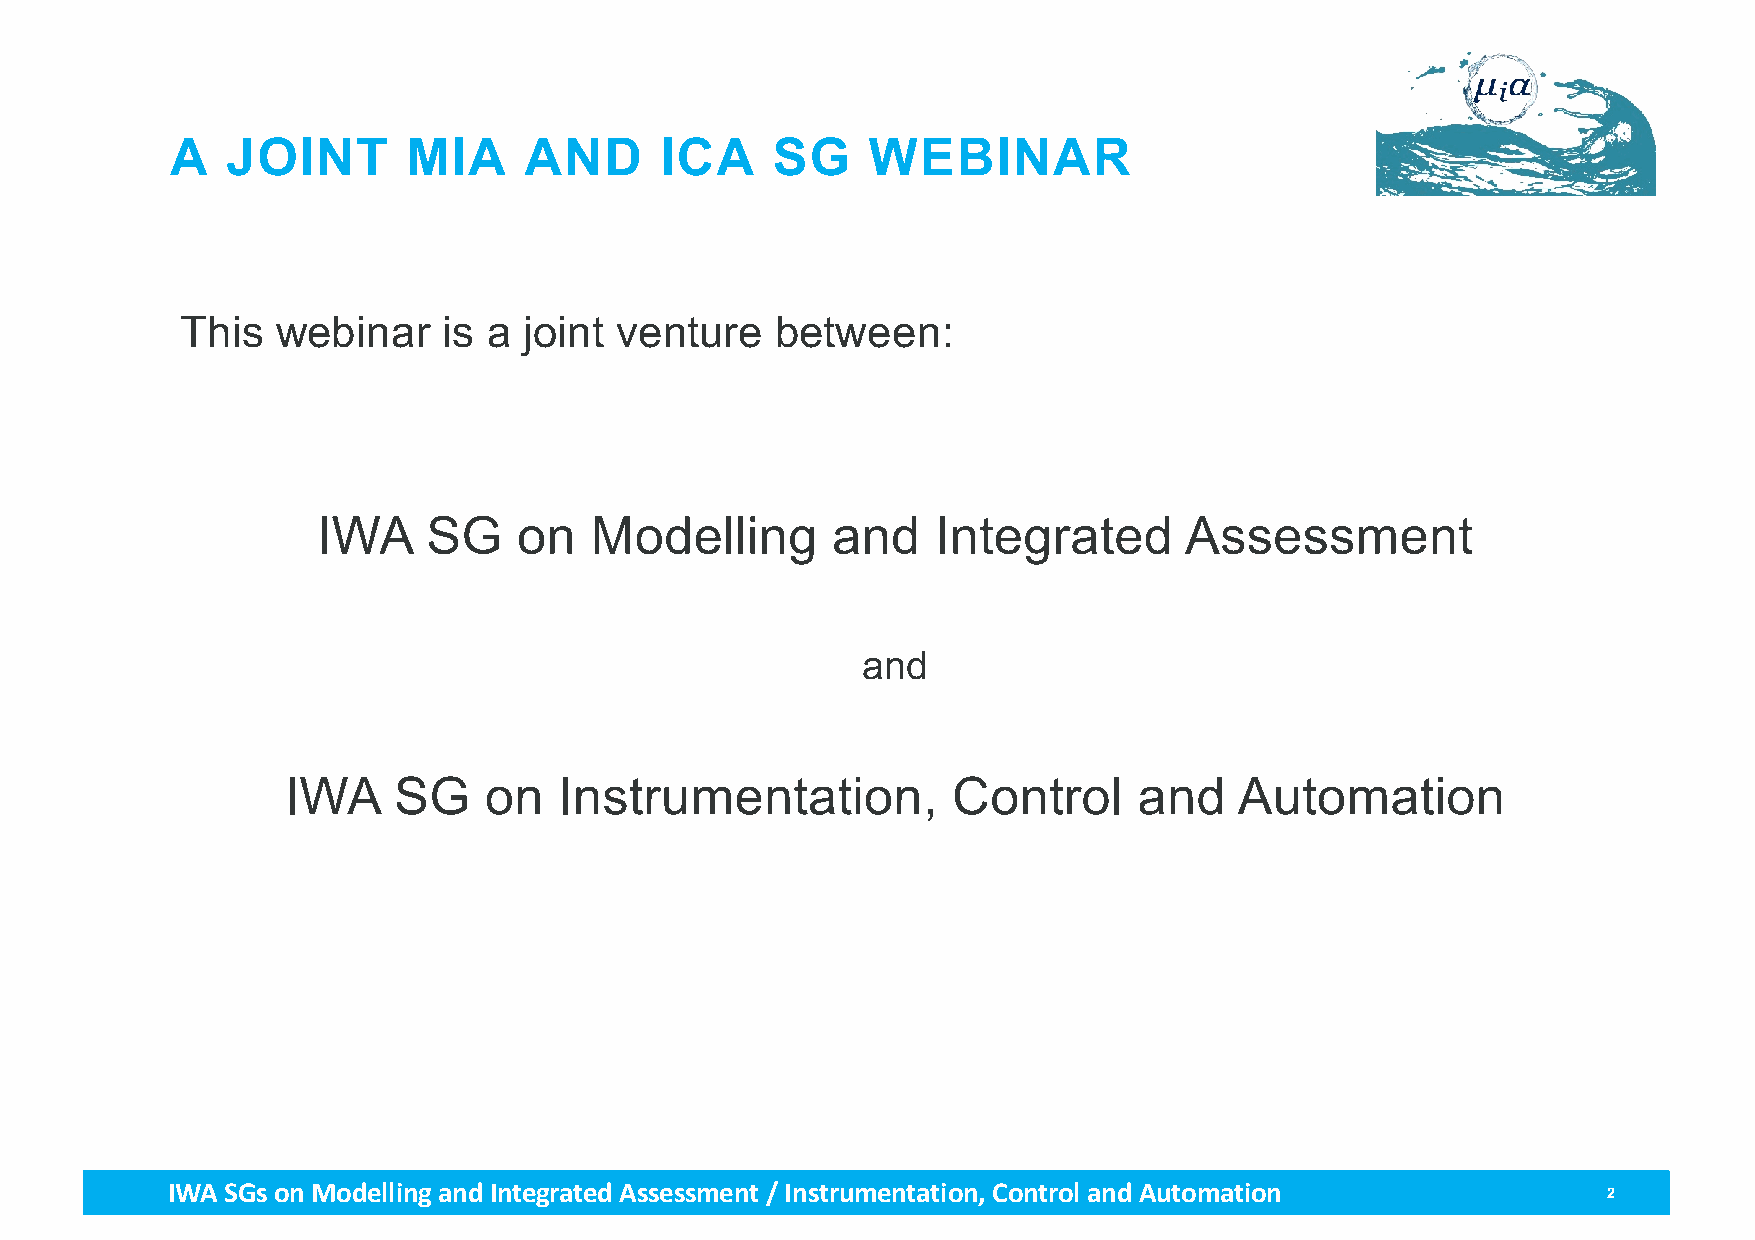
A   JOINT       MIA     AND      ICA    SG    WEBINAR
 This  webinar    is a  joint venture   between:
 IWA    SG    on   Modelling       and    Integrated      Assessment
 and
 IWA    SG    on   Instrumentation,          Control     and    Automation
 IWA SGs on Modellingand Integrated Assessment / Instrumentation, Control and Automation        2